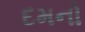
દમનો